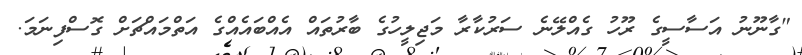
"ގާނޫނު އަސާސީގެ ރޫހު ގެއްލޭނެ ސަރުކާރާ މަޖިލީހުގެ ބާރުތައް އެއްބައެއްގެ އަތްމައްޗަށް ގޮސްފިނަމަ.